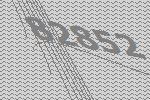
82852